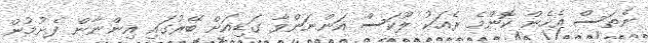
ނެތަސް އެހެން ކޮންމެ ރެއަކު ލޫކަސް އަންނަންވާ ގަޑިއަށް ބޭރުގައި އިންނާން ފެށުމުން